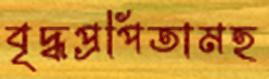
বৃদ্ধপ্রপিতামহ